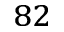
^ { 8 2 }